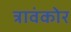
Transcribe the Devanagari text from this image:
त्रावंकोर